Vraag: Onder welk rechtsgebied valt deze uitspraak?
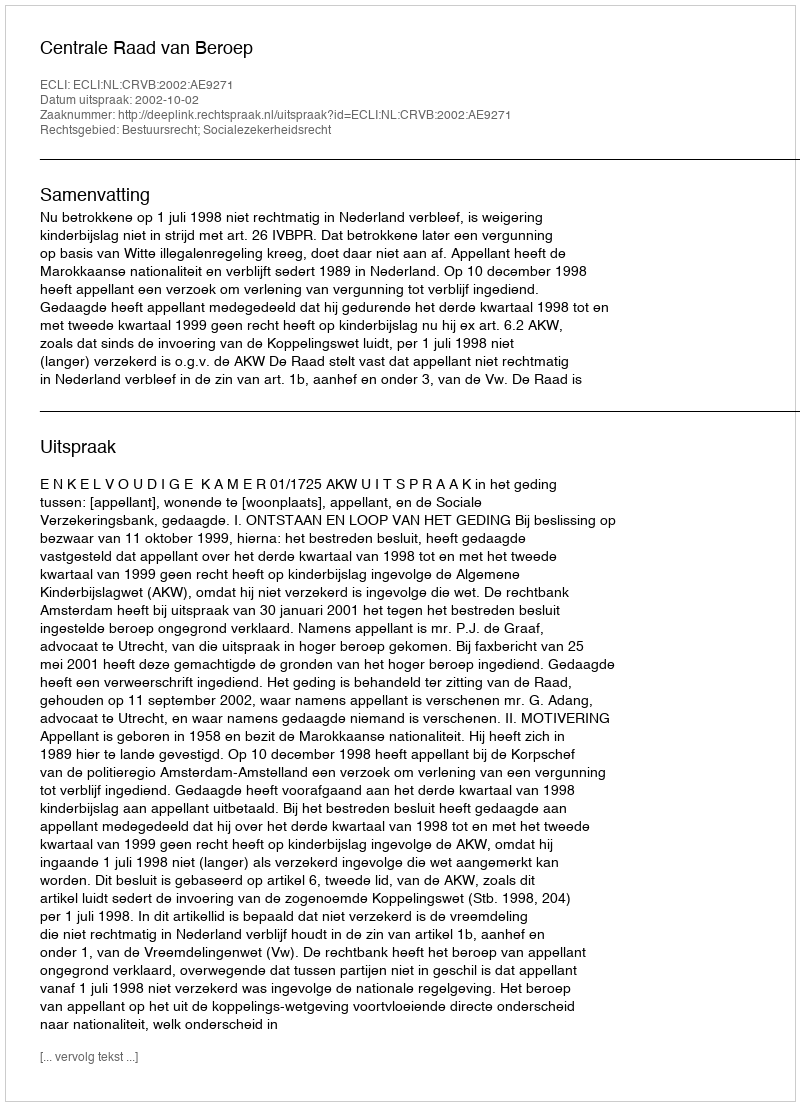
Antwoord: Bestuursrecht; Socialezekerheidsrecht